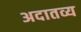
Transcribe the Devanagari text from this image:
अदातव्य